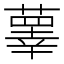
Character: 䕉